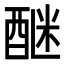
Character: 𨡅